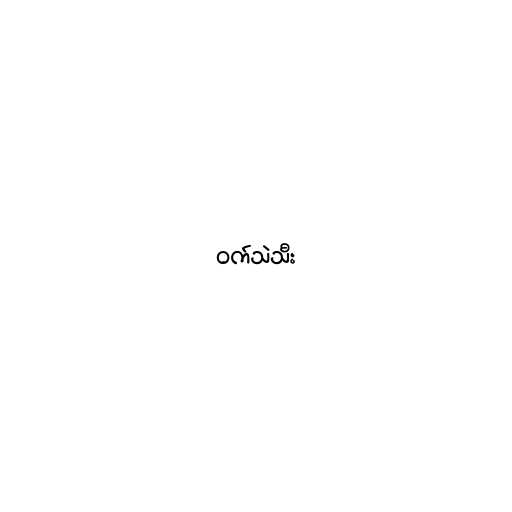
ဝက်သဲသီး